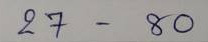
27 - 80